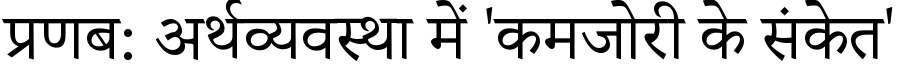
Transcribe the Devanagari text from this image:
प्रणब: अर्थव्यवस्था में 'कमजोरी के संकेत'